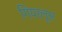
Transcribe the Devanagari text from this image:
गियरलूस